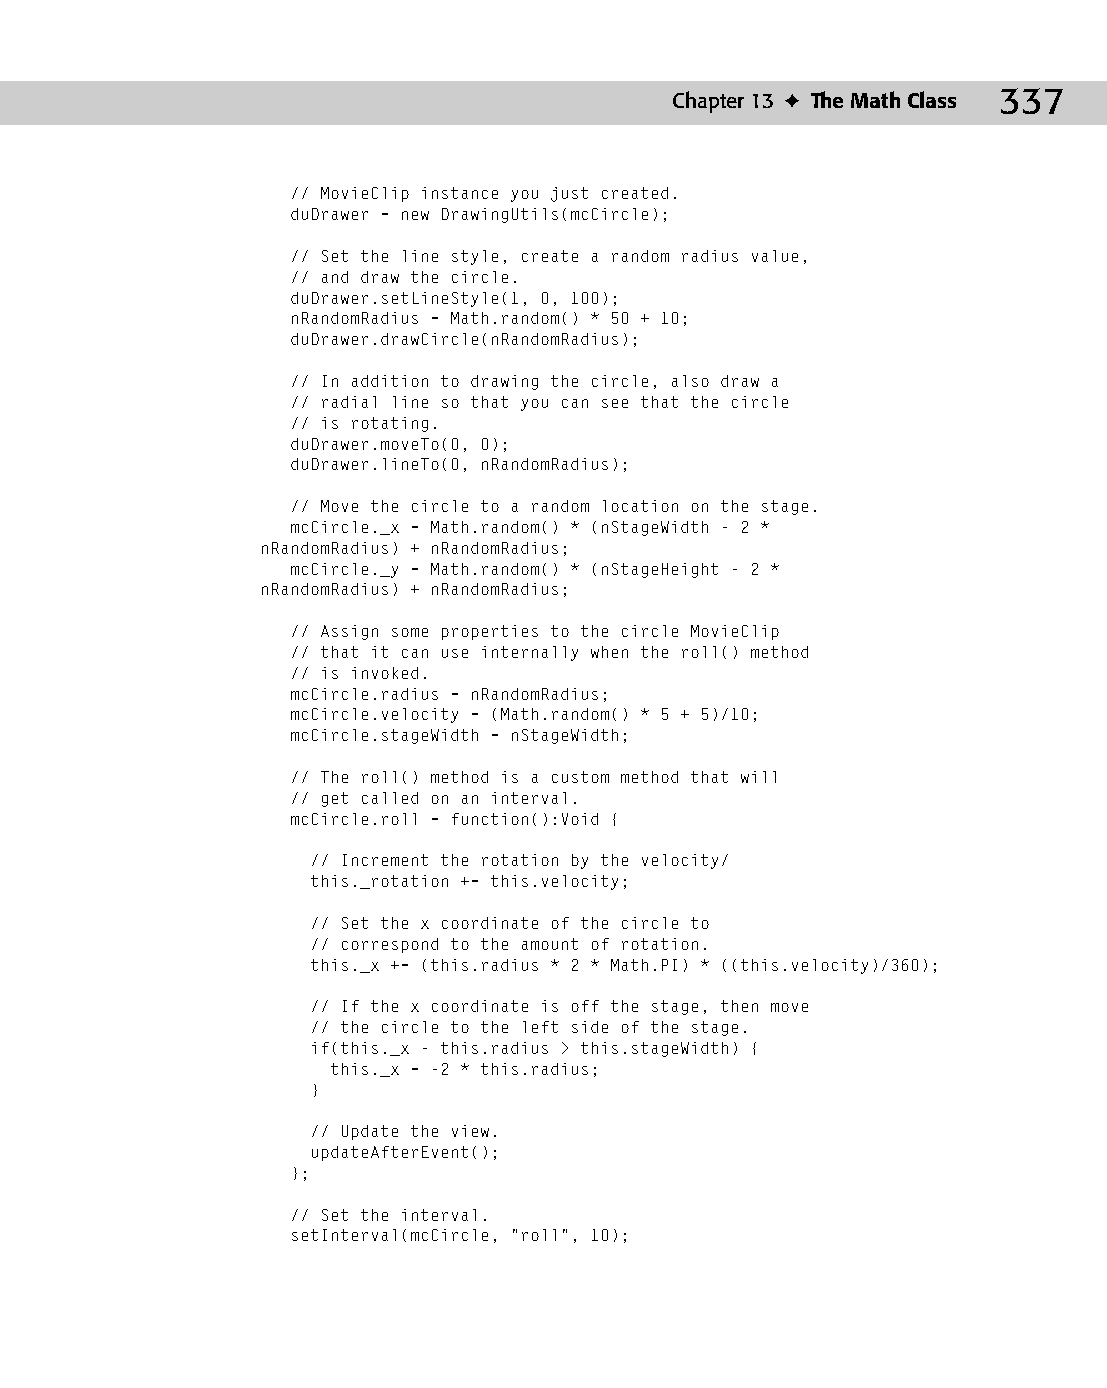
18 543547 ch13.qxd 3/24/04 4:11 PM Page 337
 Chapter 13 ✦ The Math Class 337
 // MovieClip instance you just created.
 duDrawer = new DrawingUtils(mcCircle);
 // Set the line style, create a random radius value,
 // and draw the circle.
 duDrawer.setLineStyle(1, 0, 100);
 nRandomRadius = Math.random() * 50 + 10;
 duDrawer.drawCircle(nRandomRadius);
 // In addition to drawing the circle, also draw a
 // radial line so that you can see that the circle
 // is rotating.
 duDrawer.moveTo(0, 0);
 duDrawer.lineTo(0, nRandomRadius);
 // Move the circle to a random location on the stage.
 mcCircle._x = Math.random() * (nStageWidth – 2 *
 nRandomRadius) + nRandomRadius;
 mcCircle._y = Math.random() * (nStageHeight – 2 *
 nRandomRadius) + nRandomRadius;
 // Assign some properties to the circle MovieClip
 // that it can use internally when the roll() method
 // is invoked.
 mcCircle.radius = nRandomRadius;
 mcCircle.velocity = (Math.random() * 5 + 5)/10;
 mcCircle.stageWidth = nStageWidth;
 // The roll() method is a custom method that will
 // get called on an interval.
 mcCircle.roll = function():Void {
 // Increment the rotation by the velocity/
 this._rotation += this.velocity;
 // Set the x coordinate of the circle to
 // correspond to the amount of rotation.
 this._x += (this.radius * 2 * Math.PI) * ((this.velocity)/360);
 // If the x coordinate is off the stage, then move
 // the circle to the left side of the stage.
 if(this._x - this.radius > this.stageWidth) {
 this._x = -2 * this.radius;
 }
 // Update the view.
 updateAfterEvent();
 };
 // Set the interval.
 setInterval(mcCircle, “roll”, 10);